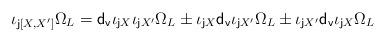
LaTeX: \begin{align*}\iota_{{\sf j} [X,X']}\Omega_L={\sf d_v}\iota_{{\sf j}X}\iota_{{\sf j}X'}\Omega_L\pm\iota_{{\sf j}X}{\sf d_v}\iota_{{\sf j}X'}\Omega_L\pm\iota_{{\sf j}X'}{\sf d_v}\iota_{{\sf j}X}\Omega_L\end{align*}